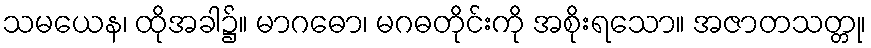
သမယေန၊ ထိုအခါ၌။ မာဂဓော၊ မဂဓတိုင်းကို အစိုးရသော။ အဇာတသတ္တု၊